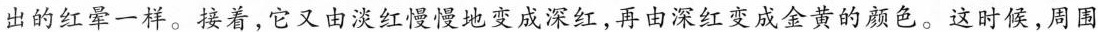
出的红晕一样。接着，它又由淡红慢慢地变成深红，再由深红变成金黄的颜色。这时候，周围